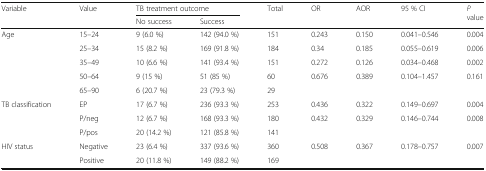
<table><thead><tr><td rowspan="2"><b>Variable</b></td><td rowspan="2"><b>Value</b></td><td colspan="2"><b>TB treatment outcome</b></td><td rowspan="2"><b>Total</b></td><td rowspan="2"><b>OR</b></td><td rowspan="2"><b>AOR</b></td><td rowspan="2"><b>95 % CI</b></td><td rowspan="2"><b><i>P</i> value</b></td></tr><tr><td><b>No success</b></td><td><b>Success</b></td></tr></thead><tbody><tr><td rowspan="5">Age</td><td>15–24</td><td>9 (6.0 %)</td><td>142 (94.0 %)</td><td>151</td><td>0.243</td><td>0.150</td><td>0.041–0.546</td><td>0.004</td></tr><tr><td>25–34</td><td>15 (8.2 %)</td><td>169 (91.8 %)</td><td>184</td><td>0.34</td><td>0.185</td><td>0.055–0.619</td><td>0.006</td></tr><tr><td>35–49</td><td>10 (6.6 %)</td><td>141 (93.4 %)</td><td>151</td><td>0.272</td><td>0.126</td><td>0.034–0.468</td><td>0.002</td></tr><tr><td>50–64</td><td>9 (15 %)</td><td>51 (85 %)</td><td>60</td><td>0.676</td><td>0.389</td><td>0.104–1.457</td><td>0.161</td></tr><tr><td>65–90</td><td>6 (20.7 %)</td><td>23 (79.3 %)</td><td>29</td><td></td><td></td><td></td><td></td></tr><tr><td rowspan="3">TB classification</td><td>EP</td><td>17 (6.7 %)</td><td>236 (93.3 %)</td><td>253</td><td>0.436</td><td>0.322</td><td>0.149–0.697</td><td>0.004</td></tr><tr><td>P/neg</td><td>12 (6.7 %)</td><td>168 (93.3 %)</td><td>180</td><td>0.432</td><td>0.329</td><td>0.146–0.744</td><td>0.008</td></tr><tr><td>P/pos</td><td>20 (14.2 %)</td><td>121 (85.8 %)</td><td>141</td><td></td><td></td><td></td><td></td></tr><tr><td rowspan="2">HIV status</td><td>Negative</td><td>23 (6.4 %)</td><td>337 (93.6 %)</td><td>360</td><td>0.508</td><td>0.367</td><td>0.178–0.757</td><td>0.007</td></tr><tr><td>Positive</td><td>20 (11.8 %)</td><td>149 (88.2 %)</td><td>169</td><td></td><td></td><td></td><td></td></tr></tbody></table>